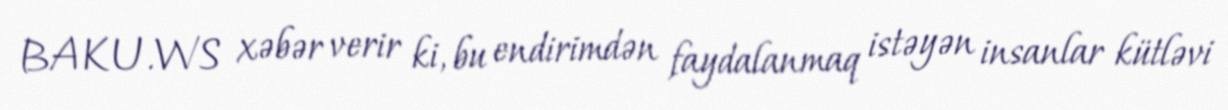
BAKU.WS xəbər verir ki, bu endirimdən faydalanmaq istəyən insanlar kütləvi